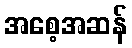
အစေ့အဆန်